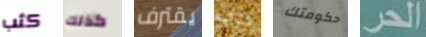
كثب كذلك يقترف سوف حكومتك الحر